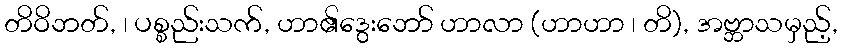
တိဝိဘတ်, ၊ ပစ္စည်းသက်, ဟာ၏ဒွေးဘော် ဟာလာ (ဟာဟာ ၊ တိ), အဗ္ဘာသမှည့်,